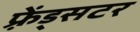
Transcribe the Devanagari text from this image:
फ़्रेंड्सटर